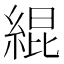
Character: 緄